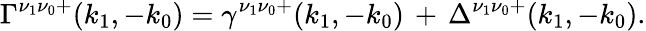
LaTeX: \Gamma^{\nu_{1}\nu_{0}+}(k_{1},-k_{0})=\gamma^{\nu_{1}\nu_{0}+}(k_{1},-k_{0})\, +\, \Delta^{\nu_{1}\nu_{0}+}(k_{1},-k_{0}).